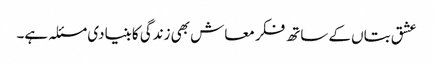
عشق بتاں کے ساتھ فکر معاش بھی زندگی کا بنیادی مسئلہ ہے۔